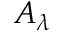
A _ { \lambda }